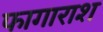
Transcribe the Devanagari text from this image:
फागाराश